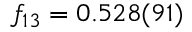
f _ { 1 3 } = 0 . 5 2 8 ( 9 1 )